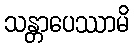
သန္တာပေဿာမိ